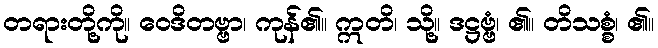
တရားတို့ကို။ ဝေဒိတဗ္ဗာ၊ ကုန်၏။ ဣတိ၊ သို့။ ဒဋ္ဌဗ္ဗံ၊ ၏။ တိသစ္စံ၊ ၏။